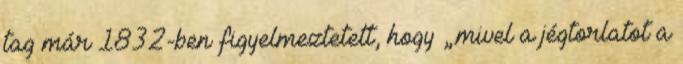
tag már 1832-ben figyelmeztetett, hogy „.mivel a jégtorlatot a